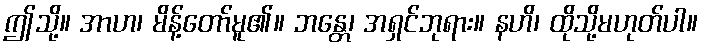
ဤသို့။ အာဟ၊ မိန့်တော်မူ၏။ ဘန္တေ၊ အရှင်ဘုရား။ နဟိ၊ ထိုသို့မဟုတ်ပါ။